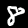
Label: 8